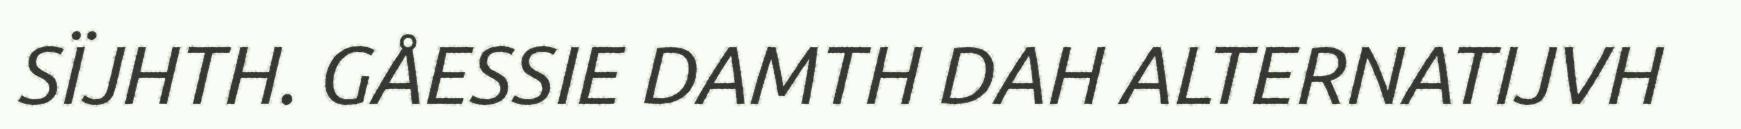
SÏJHTH. GÅESSIE DAMTH DAH ALTERNATIJVH